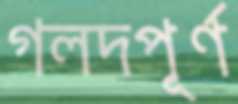
গলদপূর্ণ